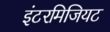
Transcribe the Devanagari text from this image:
इंटरमिजियट